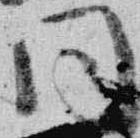
同